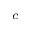
_ c